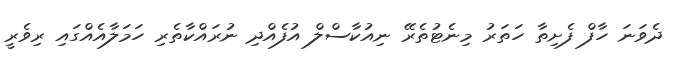
ދެވަނަ ހާފް ފެށިތާ ހަތަރު މިނެޓުތެރޭ ނިއުކާސްލް އުފެއްދި ނުރައްކާތެރި ހަމަލާއެއްގައި ރިވެރީ